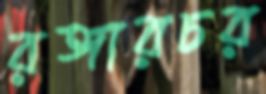
রঙ্গারচর